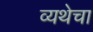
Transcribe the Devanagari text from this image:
व्यथेचा